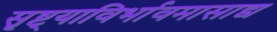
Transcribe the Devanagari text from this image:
सृष्ट्याविर्भावमासाद्य